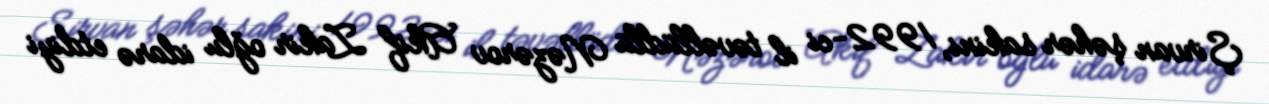
Şirvan şəhər sakini, 1992-ci il təvəllüdlü Nəzərov Akif Zakir oğlu idarə etdiyi